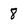
Character: 8